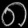
Digit: ၈